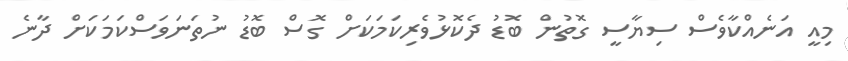
މިއީ އަނެއްކާވެސް ސިޔާސީ ގޮތުން ބޮޑު ދެކޮޅުވެރިކަމަކަށް ގޮސް ބޮޑު ނުތަނަވަސްކަމަކަށް ދާނެ